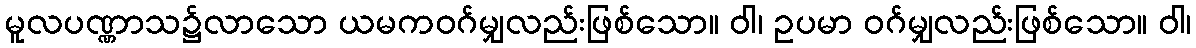
မူလပဏ္ဏာသ၌လာသော ယမကဝဂ်မျှလည်းဖြစ်သော။ ဝါ၊ ဥပမာ ဝဂ်မျှလည်းဖြစ်သော။ ဝါ၊